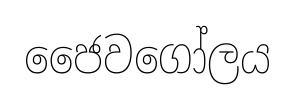
ජෛවගෝලය